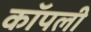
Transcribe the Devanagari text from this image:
कॉपली